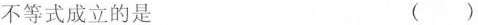
不等式成立的是 ()